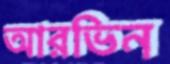
আরভিন